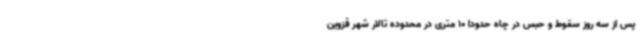
پس از سه روز سقوط و حبس در چاه حدودا 10 متری در محدوده تالار شهر قزوین